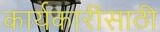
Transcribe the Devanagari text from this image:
कार्यकारींसाठी